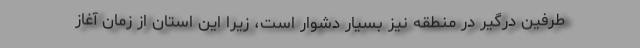
طرفین درگیر در منطقه نیز بسیار دشوار است، زیرا این استان از زمان آغاز